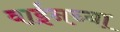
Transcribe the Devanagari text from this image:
वाईनच्या